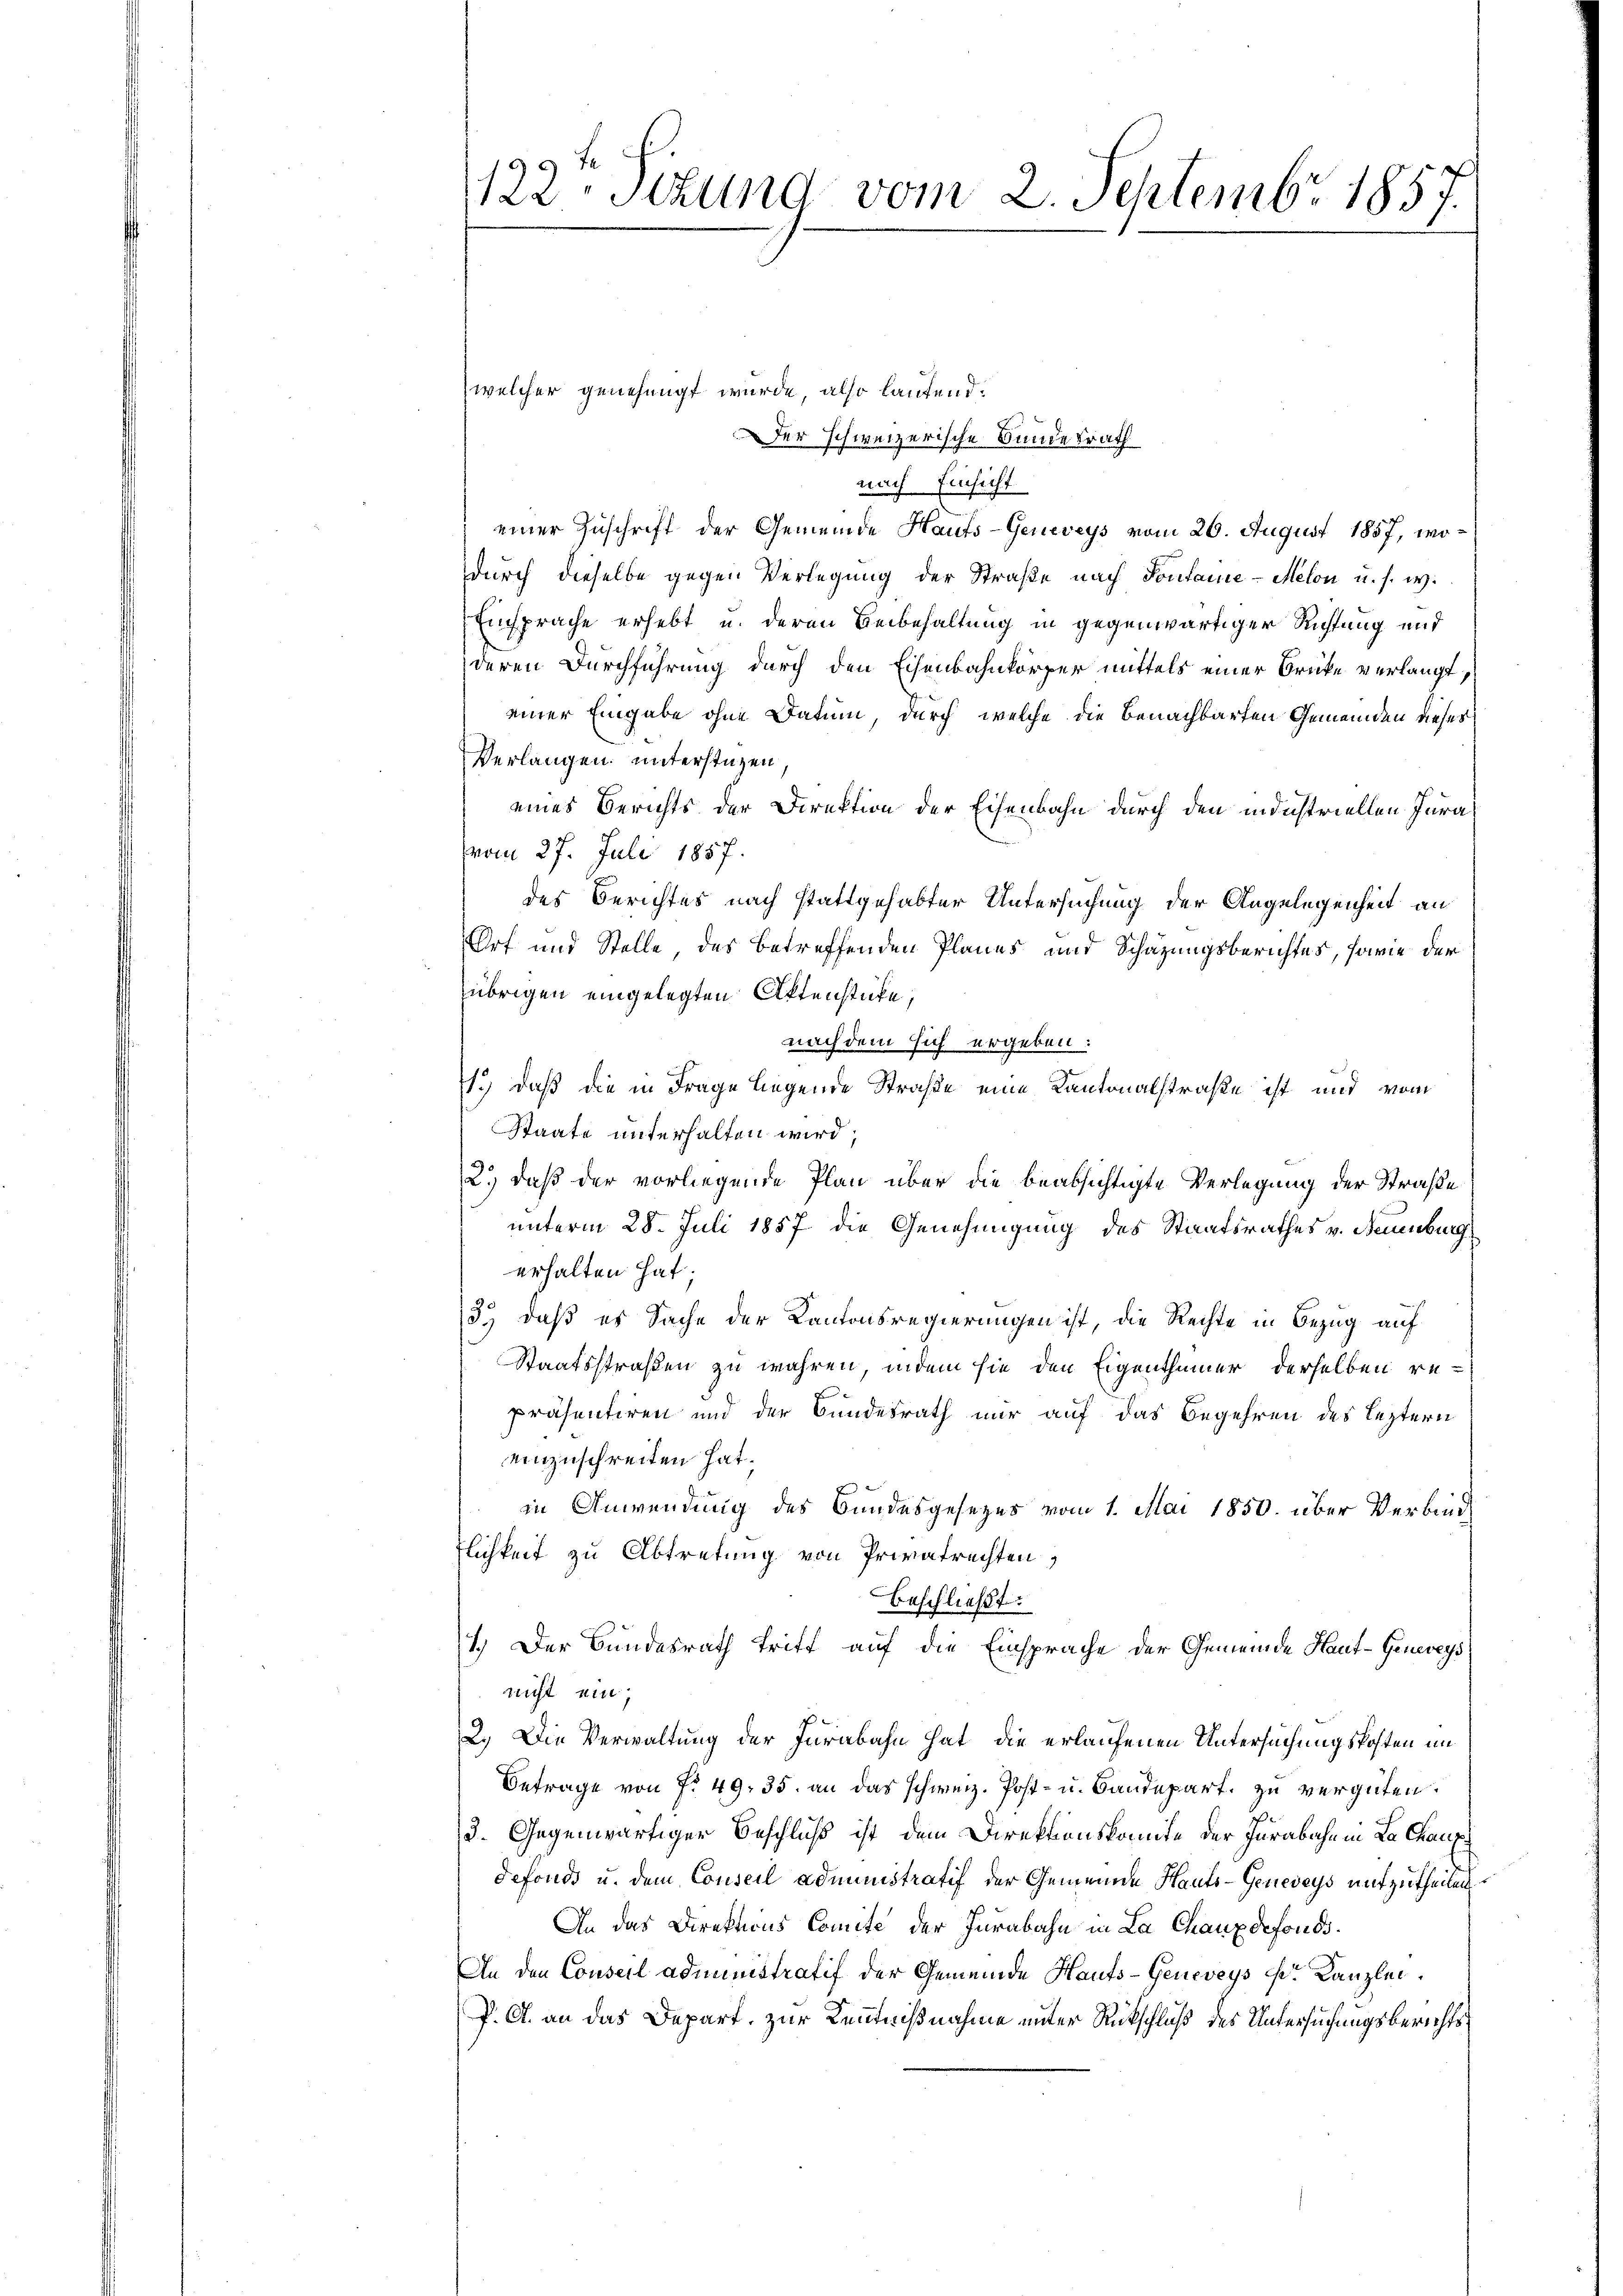
122. Stund vom 2. Septembr 1857.

welcher genehmigt wurde, also laufend:
Der schweizerische Bundesrath
nach Einsicht
einer Zuschrift der Gemeinde Hauts-Geneveys vom 26. August 1857, wodurch dieselbe gegen Verlegung der Straße nach Sontane - Melon u. s. w.
Einsprache erhebt u. deren Beibehaltung in gegenwärtiger Richtung und
deren Durchführung durch den Eisenbahnkörper mittels einer Brücke verlangt,
einer Eingabe ohne Datum, durch welche die benachbarten Gemeinden dieses
Verlangen unterstüzen
eines Berichts der Direktion der Eisenbahn durch den industriellen Jura
vom 27. Juli 1857.
des Berichtes nach stattgehabter Untersuchung der Angelegenheit an
Ort und Stelle des betreffenden Planes und Schätzungsberichtes, sowie der
übrigen eingelegten Aktenstufe,
nach dem sich ergeben:
1.) daß die in Frage liegende Straße eine Kantonalstraße ist und vom
Staate unterhalten wird,
2.) daß der vorliegende Plan über die beabsichtigte Verlegung der Straße
unterm 28. Juli 1857 die Genehmigung des Staatsrathes v. Neuenburg
erhalten hat.
3) daß es Sache der Kantonsregierungen ist, die Rechte in Bezug auf
Staatsstraßen zu wahren, indem sie den Eigenthümer derselben re-
präsentiren und der Bundesrath nur auf das Begehren des leztern
einzuschreiten hat.
in Anwendung des Bundesgesezes vom 1. Mai 1850. über Verbind
lichkeit zu Abtretung von Privatrechten,
beschließt:
1.) Der Bundesrath tritt auf die Einsprache der Gemeinde Haut-Genereys
nicht ein,
2.) Die Verwaltung der Jurabahn hat, die erlaufenen Untersuchungskosten im
Betrage von No 49. 35. an das schweiz. Post- u. Baudepart, zu vergüten.
3. Gegenwärtiger Beschluß ist dem Direktionskomite der Jurabahn in La Chaux
defonds u. dem Conseil administratif der Gemeinde Hauts-Geneveys mitzutheilen
An das Direktions Comite der Jurabahn in La Chauxdefonds¬
An den Conseil administratif der Gemeinde Hauts-Geneveys Hr. Kanzlei.
P. G. an das Depart, zur Kenntnißnahme unter Rückschluß des Untersuchungsberichts